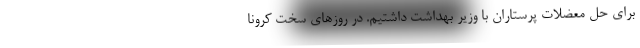
برای حل معضلات پرستاران با وزیر بهداشت داشتیم. در روز‌های سخت کرونا